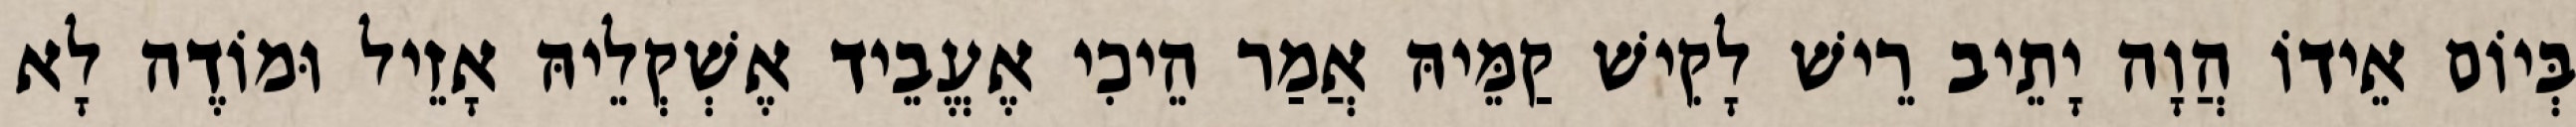
בְּיוֹם אֵידוֹ הֲוָה יָתֵיב רֵישׁ לָקִישׁ קַמֵּיהּ אֲמַר הֵיכִי אֶעֱבֵיד אֶשְׁקְלֵיהּ אָזֵיל וּמוֹדֶה לָא